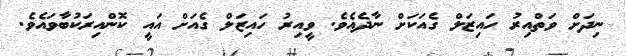
ނިދަށް ވަތްއިރު ހައިޒަލް ގެއަކަށް ނާދެއެވެ. ވީއިރު ހައިޒަލް ގެއަށް އައީ ކޮންއިރަކުބާވައެވެ.